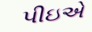
પીઇએ